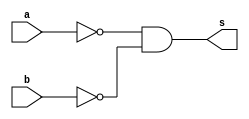
// Exemplo 0010 - NOR (De Morgan)
// Nome : Ana Carolina Conceiao de Jesus
//---------------------------------
//---------------------------------
//---- nor gate (De Morgan)-------
//---------------------------------
//---------------------------------

module norgateDeMorgan(output s,
 input a, input b);
 
 assign s = ((~a) & (~b));
endmodule //norgateDeMorgan

// ------------------------
// -- test nandDeMorgan gate
// -------------------------

module testnorDeMorgan;
//------------ dados locais
reg a,b;  // definir registradores
wire s;   // definir conexao (fio)

//----------- instancia
norgateDeMorgan AND1 (s, a, b);

//--------- preparacao
initial begin:start
// atribuicao simultanea dos valores iniciais

a = 0; b = 0;
end

 //--------- parte principal
initial begin
$display ("Exemplo0010 - Ana Carolina - 449517 ");
$display ("Test NorgateDeMorgan gate");
$display ("\n ~(a|b) = s \n");
$monitor(" ~(%b | %b) = %b", a, b, s);

#1 a = 0; b = 0;

#1 a = 0; b = 1;

#1 a = 1; b = 0;

#1 a = 1; b = 1;

end
endmodule // test norgateDeMorgan